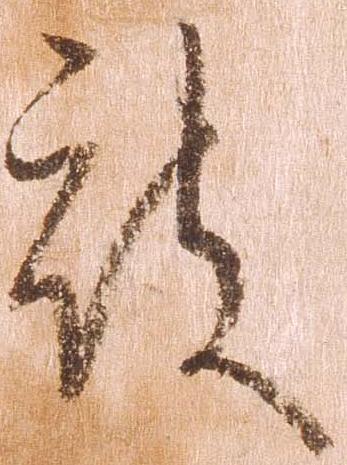
被